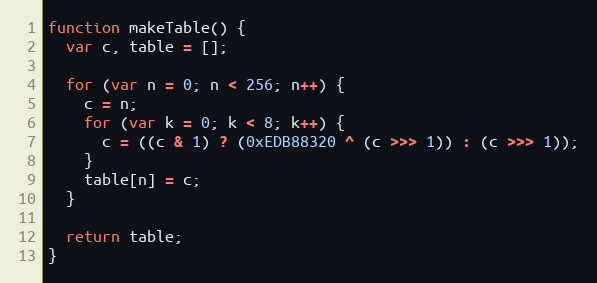
Language: JavaScript
function makeTable() {
  var c, table = [];

  for (var n = 0; n < 256; n++) {
    c = n;
    for (var k = 0; k < 8; k++) {
      c = ((c & 1) ? (0xEDB88320 ^ (c >>> 1)) : (c >>> 1));
    }
    table[n] = c;
  }

  return table;
}